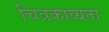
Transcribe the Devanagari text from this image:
चित्रकाव्यता